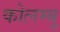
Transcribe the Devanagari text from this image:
कोलम्बु